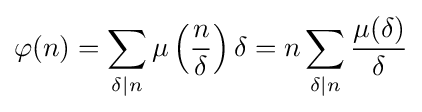
\varphi (n)=\sum _{\delta \mid n}\mu \left({\frac {n}{\delta }}\right)\delta =n\sum _{\delta \mid n}{\frac {\mu (\delta )}{\delta }}